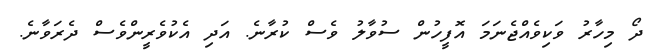
ދޯ މިހާރު ވަކިވެއްޖެނަމަ އޮފީހުން ސުވާލު ވެސް ކުރާނެ. އަދި އެކުވެރީންވެސް ދެރަވާނެ.